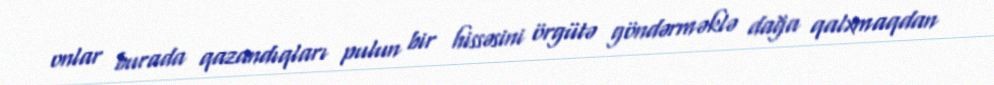
onlar burada qazandıqları pulun bir hissəsini örgütə göndərməklə dağa qalxmaqdan